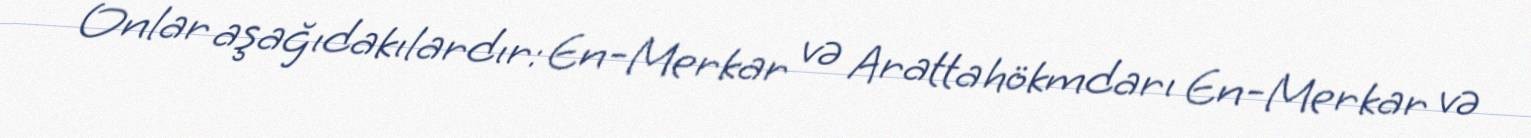
Onlar aşağıdakılardır: En-Merkar və Aratta hökmdarı En-Merkar və